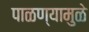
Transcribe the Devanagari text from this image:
पाळण्यामुळे